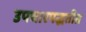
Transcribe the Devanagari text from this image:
उपचारपद्धतीत